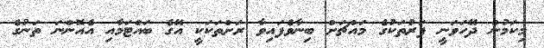
މިކަމުން ދޭހަވަނީ ފަރުތަކުގެ މައްޗަށް ބިނާވެފައިވާ ރަށްތަކަކީ އޭގެ ބައްޓަމާއި އެއޮންނަ ތަނުގެ